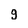
Character: g